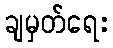
ချမှတ်ရေး